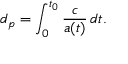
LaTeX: d _ { p } = \int _ { 0 } ^ { t _ { 0 } } { \frac { c } { a ( t ) } } \, d t .